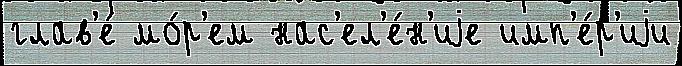
глав'е́ мо́р'ем нас'ел'е́н'иjе имп'е́р'иjи